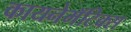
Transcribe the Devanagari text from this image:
कायनेमॅटिक्स